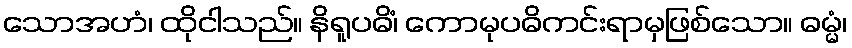
သောအဟံ၊ ထိုငါသည်။ နိရူပဓိံ၊ ကောမုပဓိကင်းရာမှဖြစ်သော။ ဓမ္မံ၊